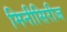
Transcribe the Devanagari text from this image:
मिनीसिरीज